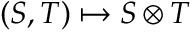
( S , T ) \mapsto S \otimes T